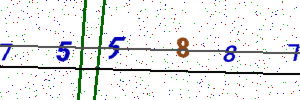
Text: 755887